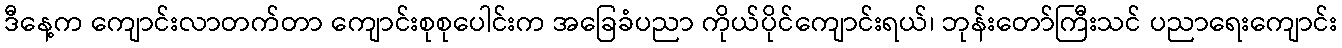
ဒီနေ့က ကျောင်းလာတက်တာ ကျောင်းစုစုပေါင်းက အခြေခံပညာ ကိုယ်ပိုင်ကျောင်းရယ်၊ ဘုန်းတော်ကြီးသင် ပညာရေးကျောင်း